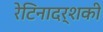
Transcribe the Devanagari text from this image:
रेटिनादर्शकी